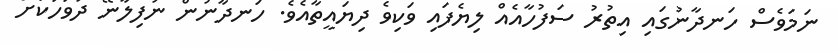
ނަމަވެސް ހަނދާނުގައި އިތުރު ސަފުހާއެއް ލިޔެފައި ވަކިވެ ދިޔައީތާއެވެ. ހަނދާނުން ނުފިލާނޭ ދުވަހަކަށް